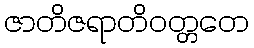
ဇာတိဇရာတိဝတ္တတေ